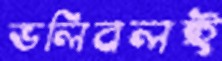
ভলিবলই